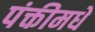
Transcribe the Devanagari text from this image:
पंक्तीमधे